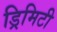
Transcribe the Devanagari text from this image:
ड्रिमिटी